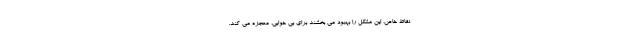
نقاط خاص، این مشکل را بهبود می بخشند برای بی خوابی، معجزه می کند.